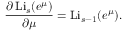
{ \frac { \partial \operatorname { L i } _ { s } ( e ^ { \mu } ) } { \partial \mu } } = \operatorname { L i } _ { s - 1 } ( e ^ { \mu } ) .